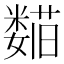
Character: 𬞺